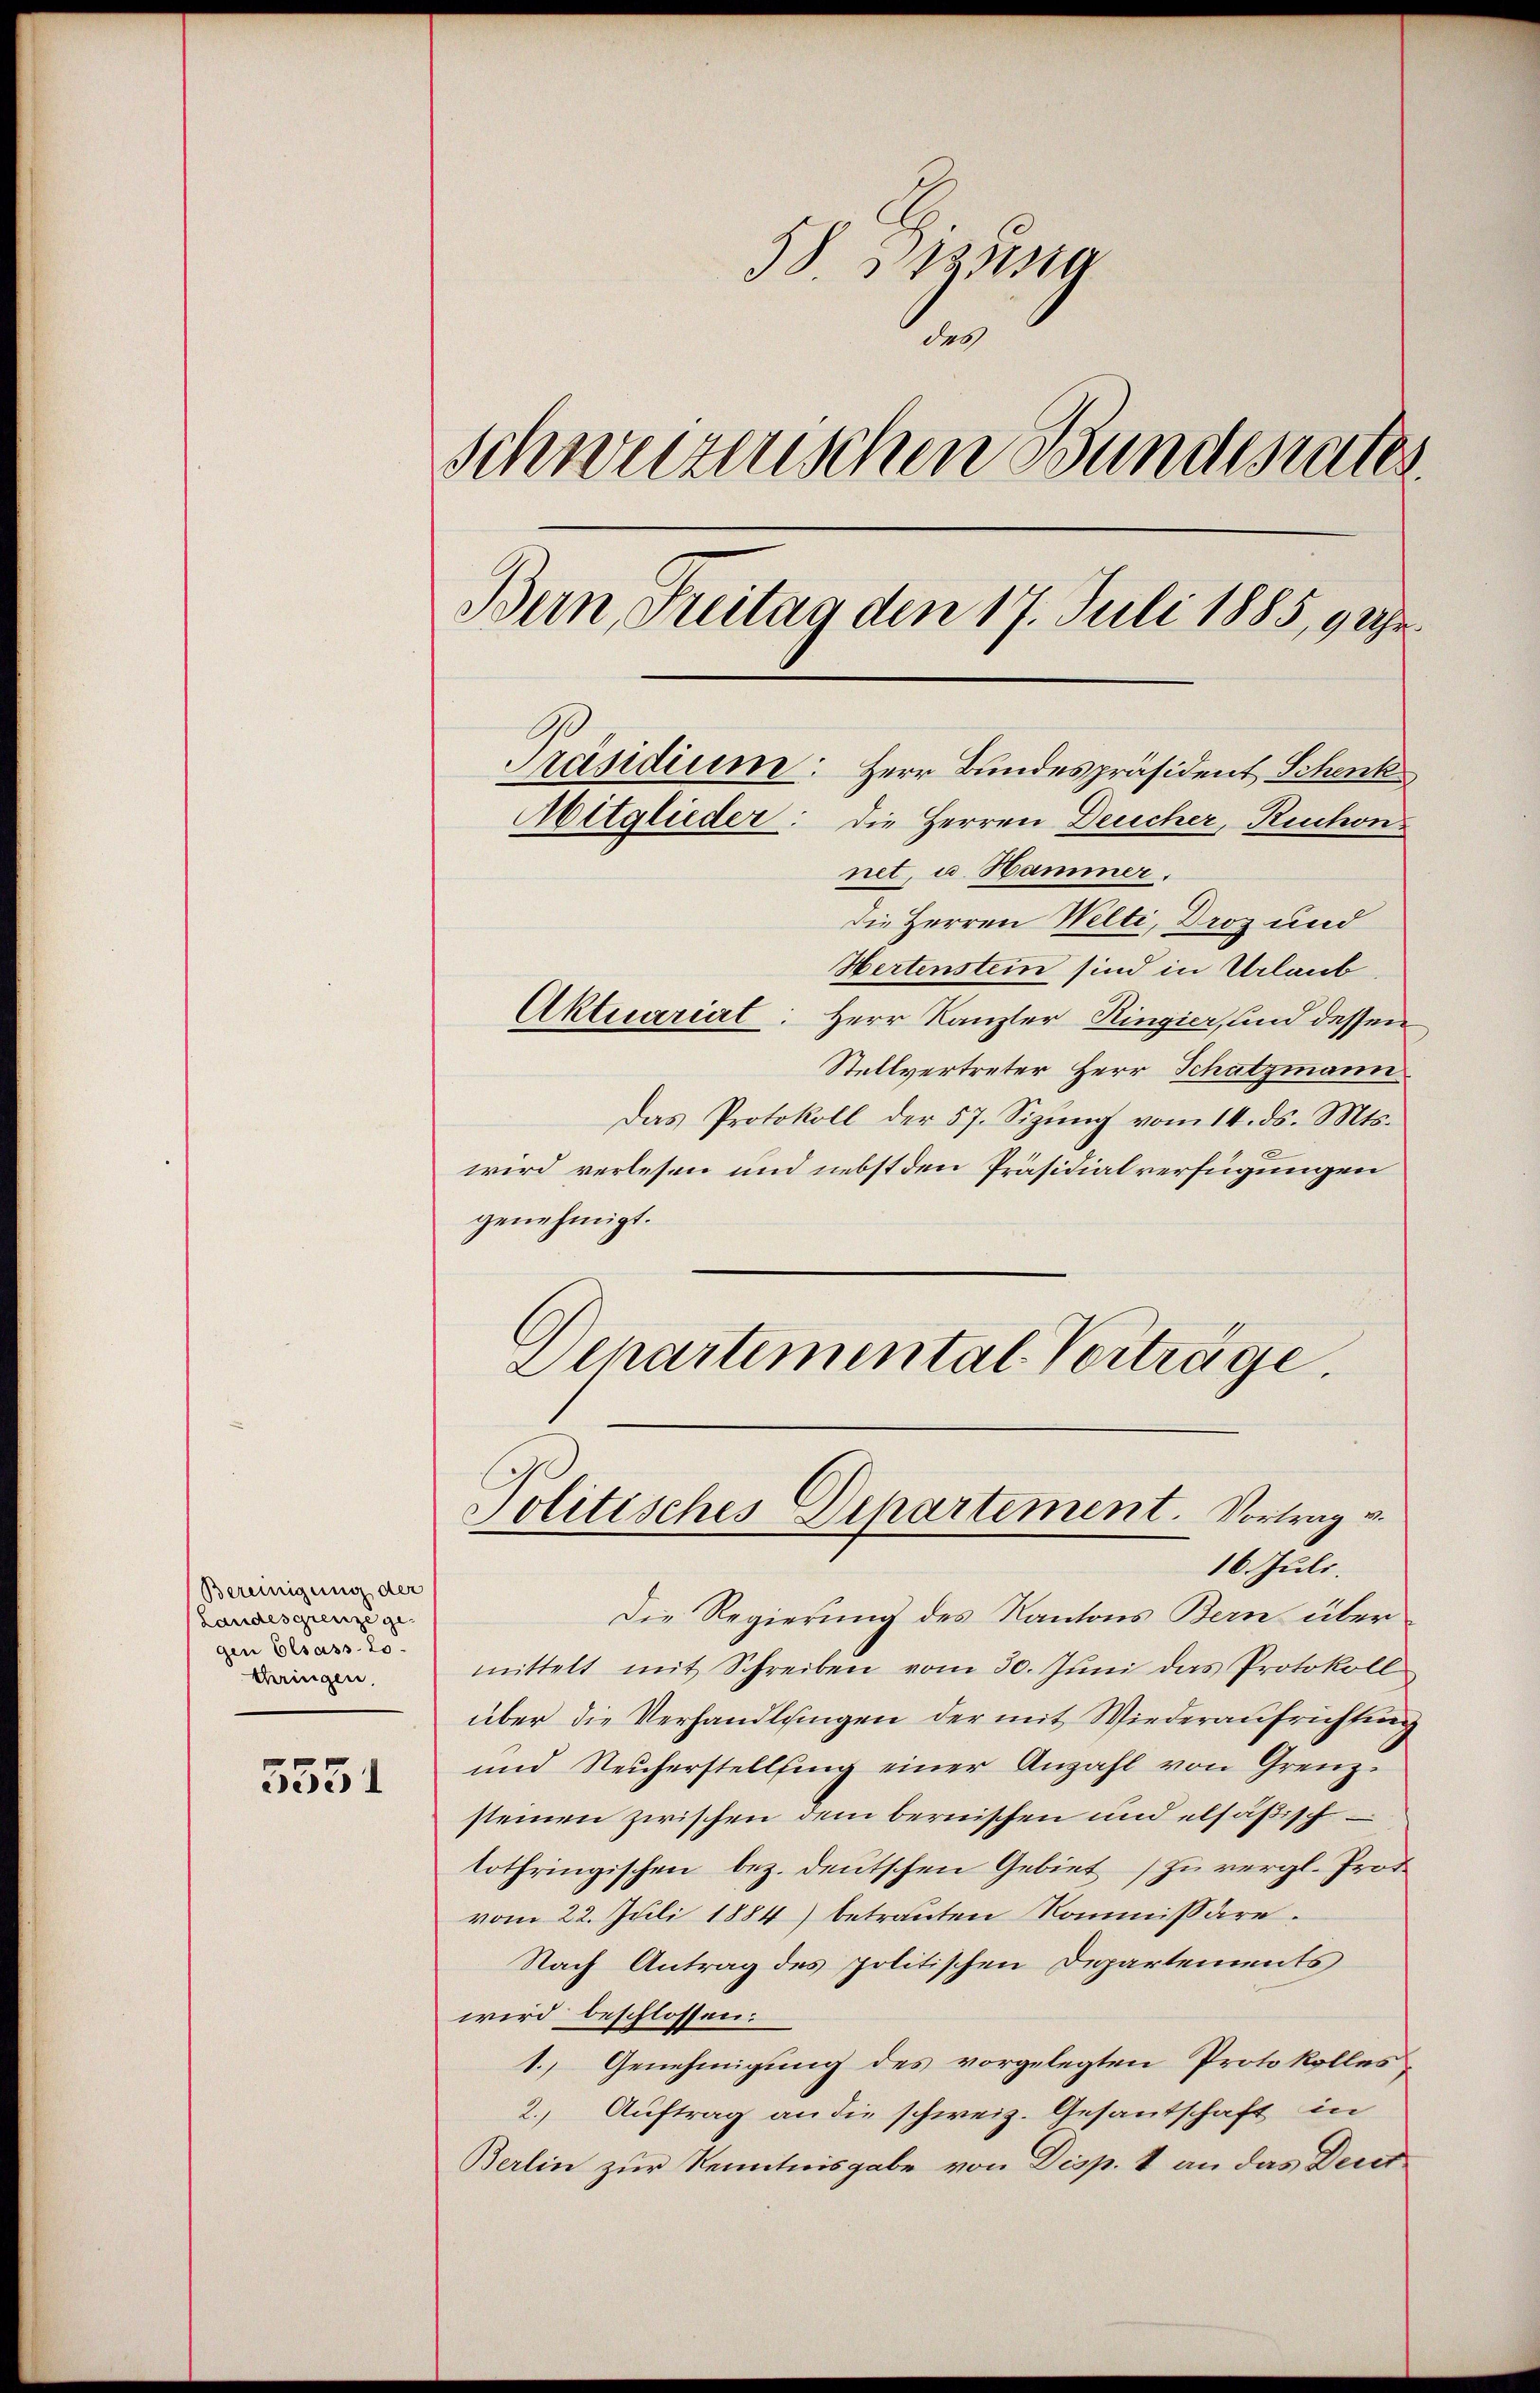
Bereinigung der
Landesgrenze ge-
gen Elsass Lo-
dringen

5551

58 Pizusta
des
schweizenschen Bundesrates.
Bern, Freitag den 17. Juli 1885, 9 Uhr.
G
Präsidium: Herr Bundespräsident Schenk

Mitglieder: die Herren Deucher, Ruchon
net, u. Hammer.
die Herren Welti, Droz und
Hertenstein sind in Urlaub
Aktuariat: Herr Kanzler Ringier, und dessen
Stellvertreter Herr Schatzmann
Das Protokoll der 57. Sizŭng vom 14. ds. Mts.
wird verlesen und nebst den Präsidialverfügungen
genehmigt.
Departemental Verträge.

Politisches Departement. Vortrag v.

16. Juli.
Die Regierung des Kantons Bern über
mittelt mit Schreiben vom 30. Jŭni das Protokoll
über die Verhandlungen der mit Wiederaufrichtung
und Reicherstellung einer Anzahl von Grenzsteinen zwischen dem bernischen und elsäßischtothringischen bez. deutschen Gebiet (zu vergl. Prof.
vom 22. Juli 1884) betrauten Kommissaire.
Nach Antrag des politischen Departements
wird beschlossen.
1. Genehmigung des vorgelegten Protokolles
2. Auftrag an die schweiz. Gesantschaft in
Berlin zur Kenntnisgabe von Disp. 1 an das Deut